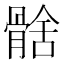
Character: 𩩗